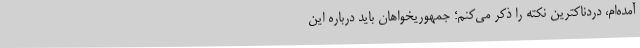
آمده‌ام، دردناکترین نکته را ذکر می‌کنم؛ جمهوریخواهان باید درباره این